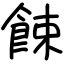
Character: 餗